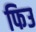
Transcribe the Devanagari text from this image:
फिउ